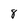
Character: 8